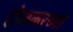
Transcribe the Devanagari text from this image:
होळकरच्या